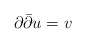
\begin{align*}\partial\bar\partial u=v\end{align*}